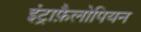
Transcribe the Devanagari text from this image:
इंट्राफ़ैलोपियन